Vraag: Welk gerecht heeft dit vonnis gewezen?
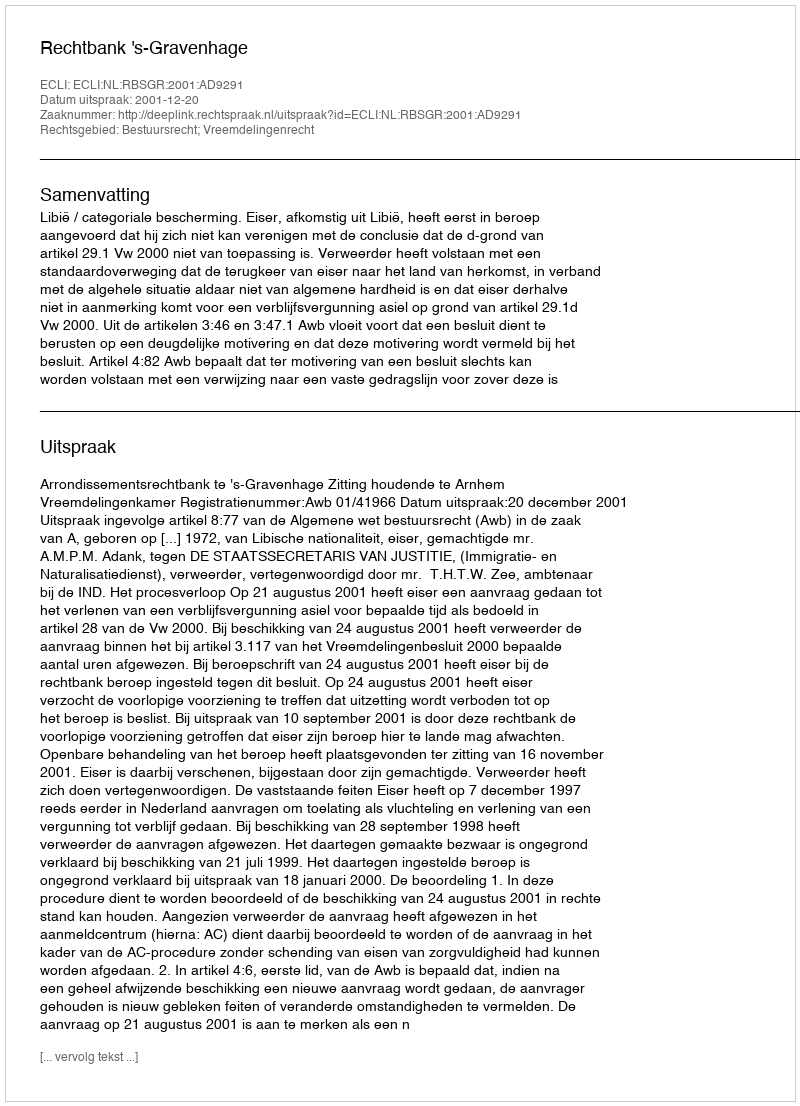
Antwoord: Rechtbank 's-Gravenhage